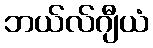
ဘယ်လ်ဂျီယံ